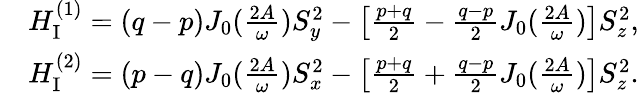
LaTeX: \begin{array}{rl}&{H_{\mathrm{I}}^{(1)}=(q-p)J_{0}(\frac{2A}{\omega})S_{y}^{2}-\left[\frac{p+q}{2}-\frac{q-p}{2}J_{0}(\frac{2A}{\omega})\right]S_{z}^{2},}\\ &{H_{\mathrm{I}}^{(2)}=(p-q)J_{0}(\frac{2A}{\omega})S_{x}^{2}-\left[\frac{p+q}{2}+\frac{q-p}{2}J_{0}(\frac{2A}{\omega})\right]S_{z}^{2}.}\end{array}